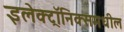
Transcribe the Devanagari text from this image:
इलेक्ट्रॉनिक्समधील